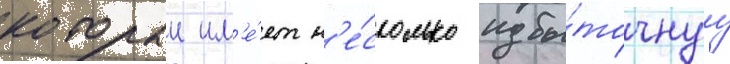
которыи им'е́ет н'е́сколько избы́точнуу